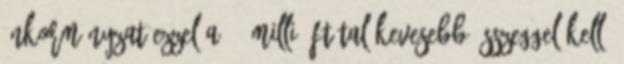
önkormányzat ezzel a 10 millió Ft-tal kevesebb összeggel kell,